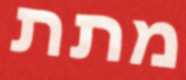
מתת